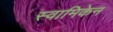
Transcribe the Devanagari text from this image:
स्वामिकेन